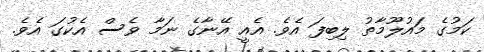
ކަމުގެ މައުލޫމާތު ލިބިފަ އެވެ. އެއީ އޭނާގެ ނަމާ ވެސް އެކުގަ އެވެ.